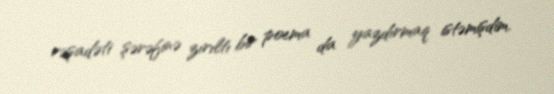
rəşadəti şərəfinə zırıltı bir poema da yazdırmaq istəmişdim.